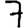
Digit: 7